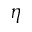
\boldsymbol { \eta }